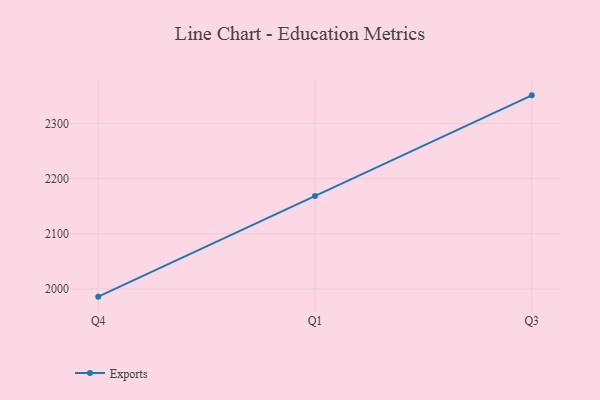
{"axis": {"x": "Quarter", "y": "Active Users"}, "legend": ["Exports"], "data": [{"x": "Q4", "y": 1986.2, "type": "Exports"}, {"x": "Q1", "y": 2168.7, "type": "Exports"}, {"x": "Q3", "y": 2351.1, "type": "Exports"}]}